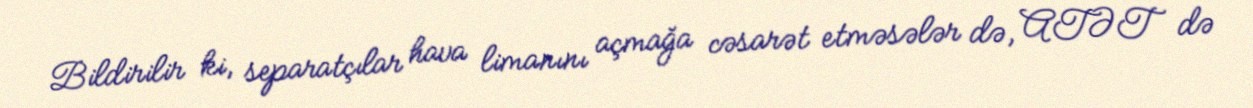
Bildirilir ki, separatçılar hava limanını açmağa cəsarət etməsələr də, ATƏT də